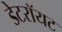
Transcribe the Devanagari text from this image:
डेटरॉयट